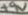
Text: +9V